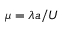
\mu = \lambda a / U